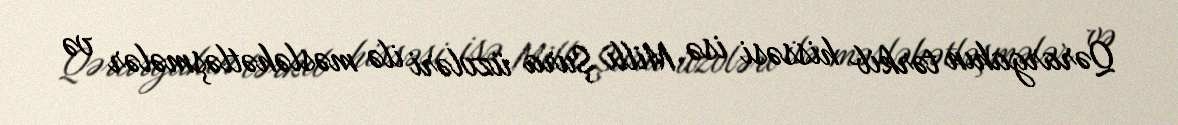
Qərargahın tərkib hissəsi isə Milli Şura üzvləri ilə məsləhətləşmələr və